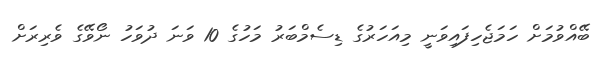
ބޭއްވުމަށް ހަމަޖެހިފައިވަނީ މިއަހަރުގެ ޑިސެމްބަރު މަހުގެ 10 ވަނަ ދުވަހު ނޯވޭގެ ވެރިރަށް